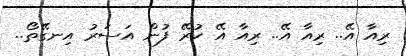
ރިއާ އޭ.. ރިއާ އޭ.. ރިއާ އޭ ކުރޭ ފުން އަސަރު އިނގޭތޯ..